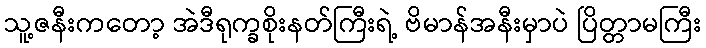
သူ့ဇနီးကတော့ အဲဒီရုက္ခစိုးနတ်ကြီးရဲ့ ဗိမာန်အနီးမှာပဲ ပြိတ္တာမကြီး